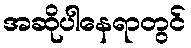
အဆိုပါနေရာတွင်